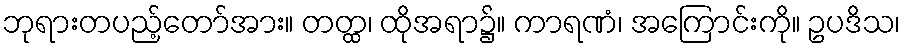
ဘုရားတပည့်တော်အား။ တတ္ထ၊ ထိုအရာ၌။ ကာရဏံ၊ အကြောင်းကို။ ဥပဒိသ၊